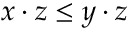
x \cdot z \leq y \cdot z